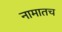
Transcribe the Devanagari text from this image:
नामातच